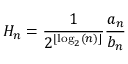
H _ { n } = { \frac { 1 } { 2 ^ { \lfloor \log _ { 2 } ( n ) \rfloor } } } { \frac { a _ { n } } { b _ { n } } }